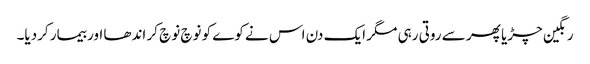
رنگین چڑیا پھر سے روتی رہی مگر ایک دن اس نے کوے کو نوچ نوچ کر اندھا اور بیمار کردیا۔